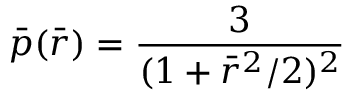
\bar { p } ( \bar { r } ) = \frac { 3 } { ( 1 + { \bar { r } } ^ { 2 } / 2 ) ^ { 2 } }